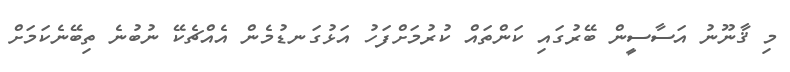
މި ޤާނޫނު އަސާސީން ބޭރުގައި ކަންތައް ކުރުމަށްފަހު އަޅުގަނޑުމެން އެއްޗެކޭ ނުބުނެ ތިބޭނެކަމަށް